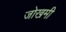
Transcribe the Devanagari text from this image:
जोखमी